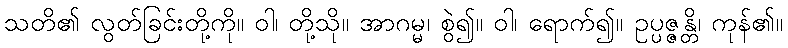
သတိ၏ လွတ်ခြင်းတို့ကို။ ဝါ၊ တို့သို။ အာဂမ္မ၊ စွဲ၍။ ဝါ၊ ရောက်၍။ ဥပ္ပဇ္ဇန္တိ၊ ကုန်၏။